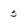
Character: 5